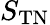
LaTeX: S_{\mathrm{TN}}